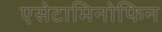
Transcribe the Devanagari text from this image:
एसेटामिनोफिन